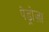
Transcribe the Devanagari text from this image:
पेड्रोज़ा